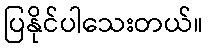
ပြနိုင်ပါသေးတယ်။